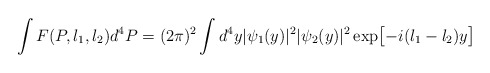
\begin{align*}\int F(P,l_1,l_2)d^4P=(2\pi)^2\int d^4y|\psi_1(y)|^2|\psi_2(y)|^2\exp\bigl[-i(l_1-l_2)y\bigr]\end{align*}